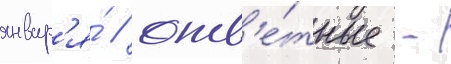
январ'я́ / отв'е́тные -